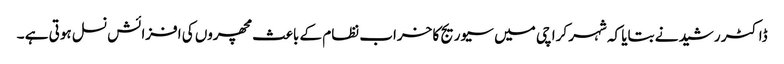
ڈاکٹر رشید نے بتایا کہ شہر کرا چی میں سیوریج کا خراب نظام کے باعث مچھروں کی افزائش نسل ہوتی ہے ۔